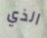
الذي